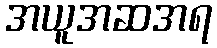
အယူအဆအရ